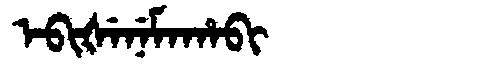
Manchu: ᡝᠪᡳᡧᡝᠨᡝᠮᠠᡥᠠᠪᡳ
Romanization: EBIŠENEMAHABI